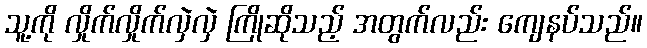
သူ့ကို လှိုက်လှိုက်လှဲလှဲ ကြိုဆိုသည့် အတွက်လည်း ကျေနပ်သည်။